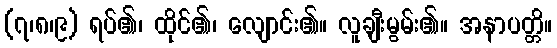
(၇၊၈၊၉) ရပ်၏၊ ထိုင်၏၊ လျောင်း၏။ လူချီးမွမ်း၏။ အနာပတ္တိ။